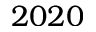
2 0 2 0